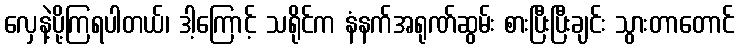
လှေနဲ့ပို့ကြရပါတယ်၊ ဒါ့ကြောင့် သရိုင်က နံနက်အရုဏ်ဆွမ်း စားပြီးပြီးချင်း သွားတာတောင်